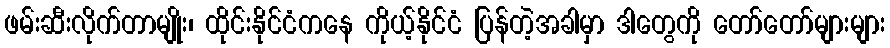
ဖမ်းဆီးလိုက်တာမျိုး၊ ထိုင်းနိုင်ငံကနေ ကိုယ့်နိုင်ငံ ပြန်တဲ့အခါမှာ ဒါတွေကို တော်တော်များများ